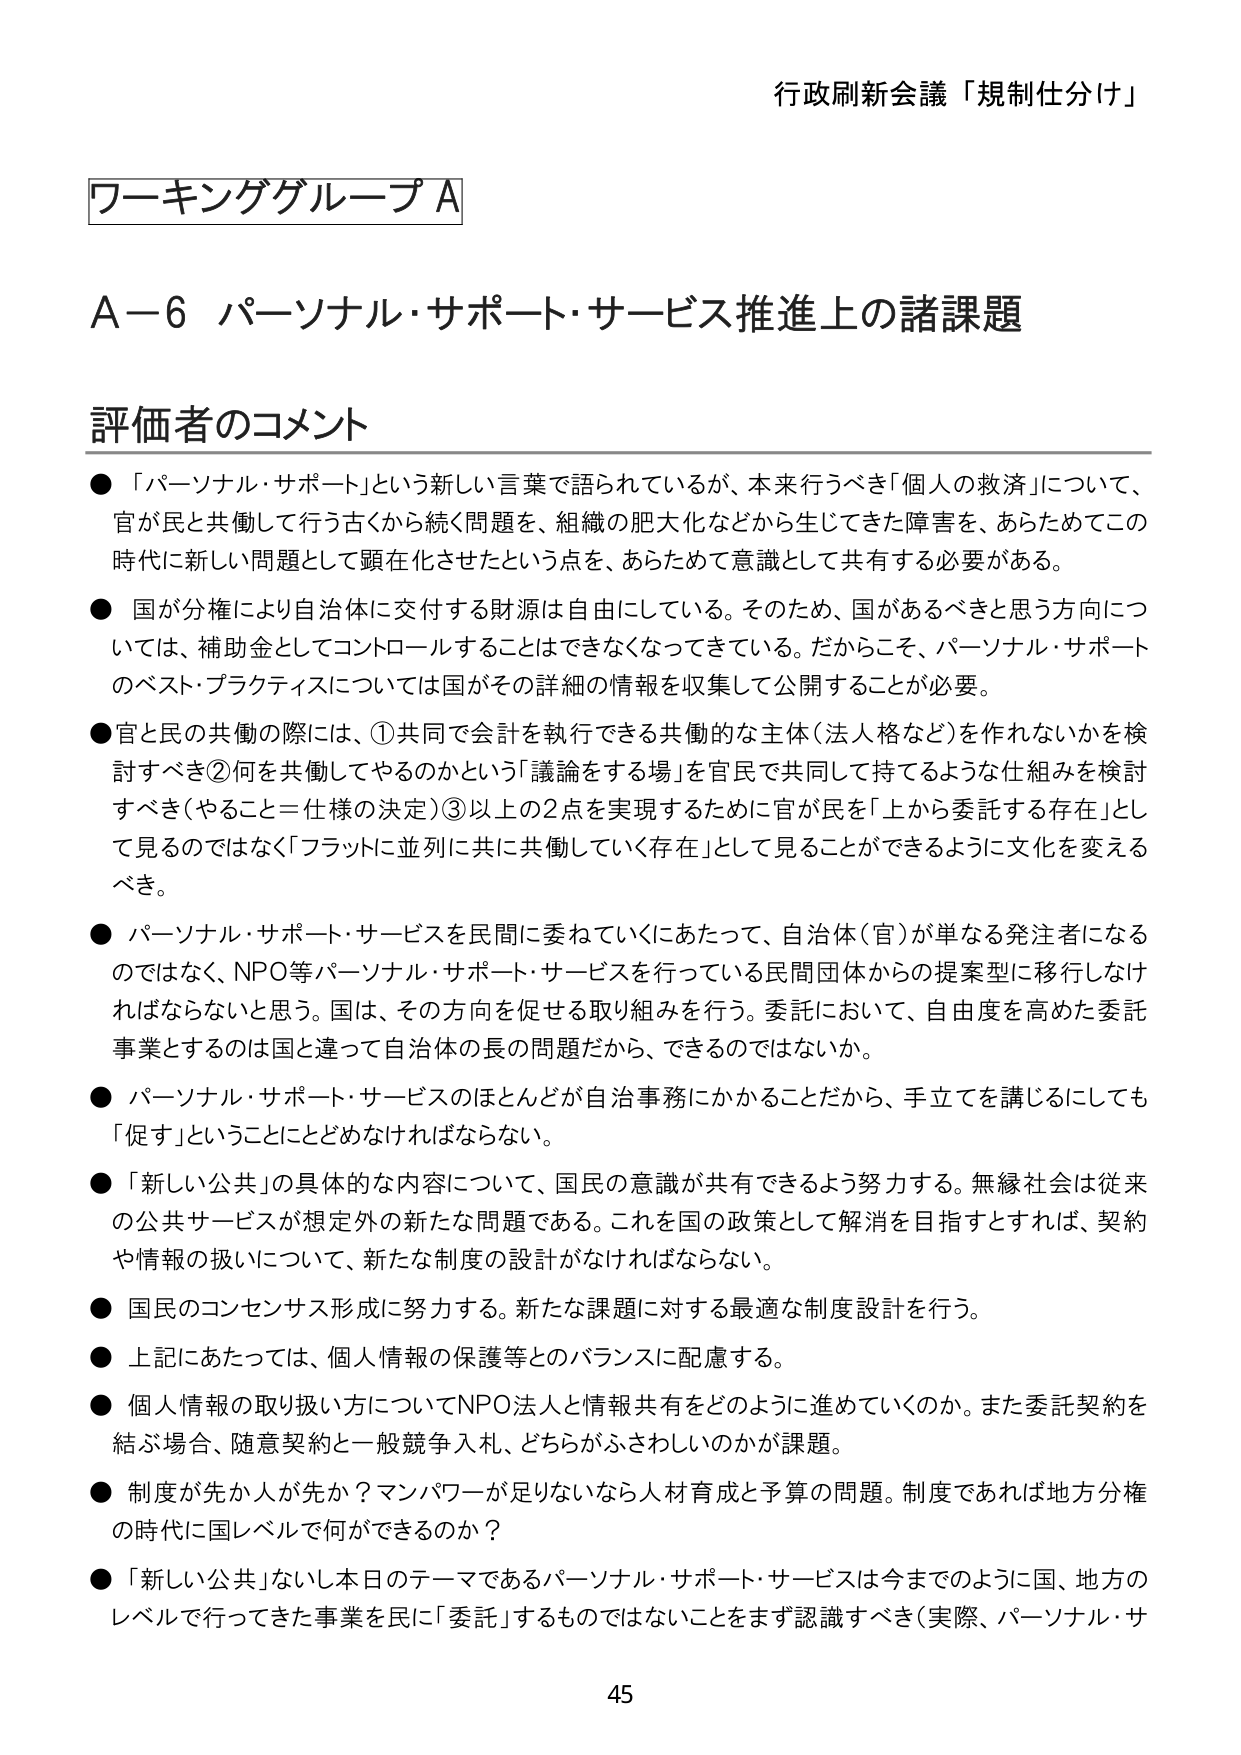
行政刷新会議「規制仕分け」

ワーキンググループA

A－6 パーソナル・サポート・サービス推進上の諸課題

評価者のコメント

● 「パーソナル・サポート」という新しい言葉で語られているが、本来行うべき「個人の救済」について、官が民と共働して行う古くから続く問題を、組織の肥大化などから生じてきた障害を、あらためてこの時代に新しい問題として顕在化させたという点を、あらためて意識として共有する必要がある。

● 国が分権により自治体に交付する財源は自由にしている。そのため、国があるべきと思う方向については、補助金としてコントロールすることはできなくなってきている。だからこそ、パーソナル・サポートのベスト・プラクティスについては国がその詳細の情報を収集して公開することが必要。

● 官と民の共働の際には、①共同で会計を執行できる共働的な主体（法人格など）を作れないかを検討すべき②何を共働してやるのかという「議論をする場」を官民で共同して持てるような仕組みを検討すべき（やること＝仕様の決定）③以上の2点を実現するために官が民を「上から委託する存在」として見るのでではなく「フラットに並列に共に共働していく存在」として見ることができるよう文化を変えるべき。

● パーソナル・サポート・サービスを民間に委ねていくにあたって、自治体（官）が単なる発注者になるのではなく、NPO等パーソナル・サポート・サービスを行っている民間団体からの提案型に移行しなければならないと思う。国は、その方向を促せる取り組みを行う。委託において、自由度を高めた委託事業とするのは国と違って自治体の長の問題だから、できるのではないか。

● パーソナル・サポート・サービスのほとんどが自治事務にかかることだから、手立てを講じるにしても「促す」ということにとどめなければならない。

● 「新しい公共」の具体的な内容について、国民の意識が共有できるよう努力する。無縁社会は従来の公共サービスが想定外の新たな問題である。これを国の政策として解消を目指すとすれば、契約や情報の扱いについて、新たな制度の設計がなければならない。

● 国民のコンセンサス形成に努力する。新たな課題に対する最適な制度設計を行う。

● 上記にあたっては、個人情報の保護等とのバランスに配慮する。

● 個人情報の取り扱い方についてNPO法人と情報共有をどのように進めていくのか。また委託契約を結ぶ場合、随意契約と一般競争入札、どちらがふさわしいのかが課題。

● 制度が先か人が先か？マンパワーが足りないなら人材育成と予算の問題。制度であれば地方分権の時代に国レベルで何ができるのか？

● 「新しい公共」ないし本日のテーマであるパーソナル・サポート・サービスは今までのように国、地方のレベルで行ってきた事業を民に「委託」するものではないことをまず認識すべき（実際、パーソナル・サ

45